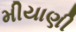
મીયાણી